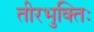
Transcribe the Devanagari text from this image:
तीरभुक्‍तिः